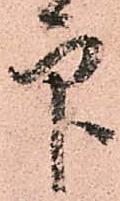
印